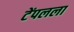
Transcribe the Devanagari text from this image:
टेंपलला